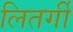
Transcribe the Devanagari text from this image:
लितर्गी